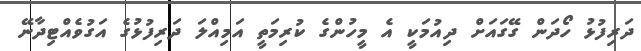
ދަރިފުޅު ހޯދަން ގޭގައަށް ދިއުމަކީ އެ މީހުންގެ ކުރިމަތީ އަމިއްލަ ދަރިފުޅުގެ އަގުވެއްޓިދާނޭ